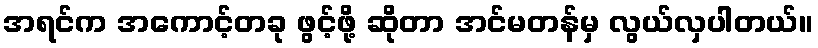
အရင်က အကောင့်တခု ဖွင့်ဖို့ ဆိုတာ အင်မတန်မှ လွယ်လှပါတယ်။